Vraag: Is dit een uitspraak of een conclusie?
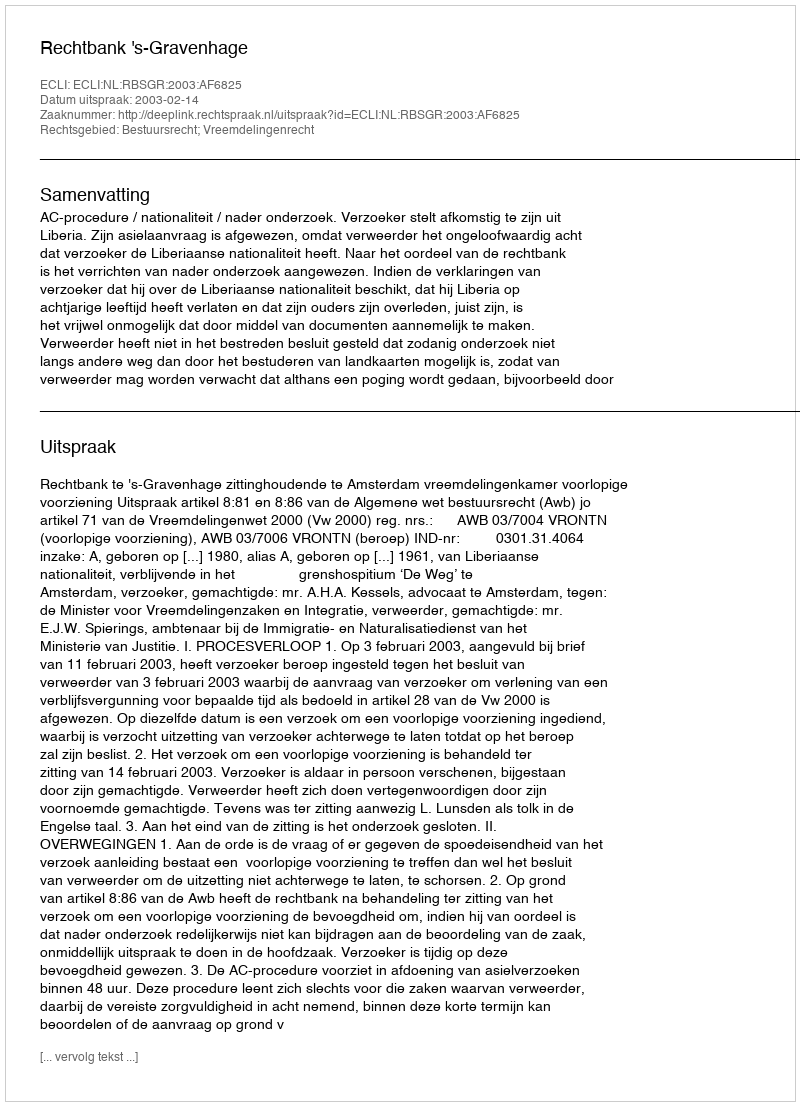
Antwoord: Uitspraak